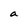
Character: a